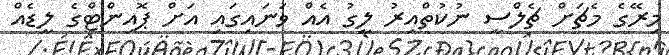
މިރޭގެ މެޗަށް ޗެލްސީ ނުކުތްއިރު ލީގު އެއް ވަނައިގައި އަށް ޕޮއިންޓްގެ ލީޑެއް